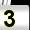
Digit: 3